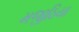
મજીઠિયા